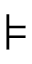
\models